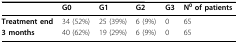
|  | G0 | G1 | G2 | G3 | N0 of patients |
 | --- | --- | --- | --- | --- | --- |
 | Treatment end | 34 (52%) | 25 (39%) | 6 (9%) | 0 | 65 |
 | 3 months | 40 (62%) | 19 (29%) | 6 (9%) | 0 | 65 |